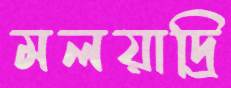
মলয়াদ্রি